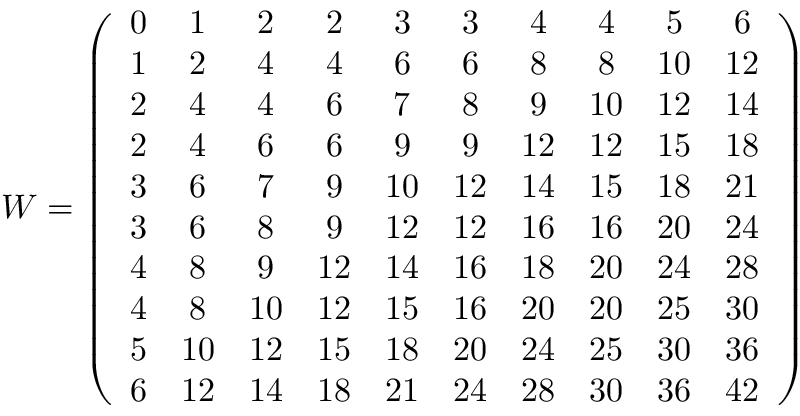
W = \left( \begin{array} { c c c c c c c c c c } { 0 } & { 1 } & { 2 } & { 2 } & { 3 } & { 3 } & { 4 } & { 4 } & { 5 } & { 6 } \\ { 1 } & { 2 } & { 4 } & { 4 } & { 6 } & { 6 } & { 8 } & { 8 } & { 1 0 } & { 1 2 } \\ { 2 } & { 4 } & { 4 } & { 6 } & { 7 } & { 8 } & { 9 } & { 1 0 } & { 1 2 } & { 1 4 } \\ { 2 } & { 4 } & { 6 } & { 6 } & { 9 } & { 9 } & { 1 2 } & { 1 2 } & { 1 5 } & { 1 8 } \\ { 3 } & { 6 } & { 7 } & { 9 } & { 1 0 } & { 1 2 } & { 1 4 } & { 1 5 } & { 1 8 } & { 2 1 } \\ { 3 } & { 6 } & { 8 } & { 9 } & { 1 2 } & { 1 2 } & { 1 6 } & { 1 6 } & { 2 0 } & { 2 4 } \\ { 4 } & { 8 } & { 9 } & { 1 2 } & { 1 4 } & { 1 6 } & { 1 8 } & { 2 0 } & { 2 4 } & { 2 8 } \\ { 4 } & { 8 } & { 1 0 } & { 1 2 } & { 1 5 } & { 1 6 } & { 2 0 } & { 2 0 } & { 2 5 } & { 3 0 } \\ { 5 } & { 1 0 } & { 1 2 } & { 1 5 } & { 1 8 } & { 2 0 } & { 2 4 } & { 2 5 } & { 3 0 } & { 3 6 } \\ { 6 } & { 1 2 } & { 1 4 } & { 1 8 } & { 2 1 } & { 2 4 } & { 2 8 } & { 3 0 } & { 3 6 } & { 4 2 } \end{array} \right)